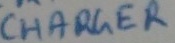
Text: CHARGER